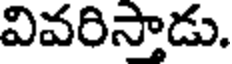
వివరిస్తాడు.